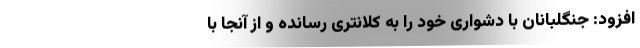
افزود: جنگلبانان با دشواری خود را به کلانتری رسانده و از آنجا با